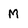
Character: M